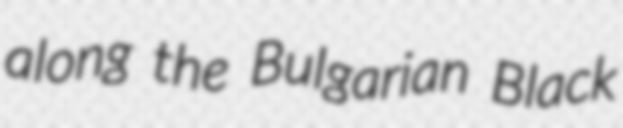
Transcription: along the Bulgarian Black